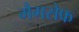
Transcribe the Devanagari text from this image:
मैगसेफ